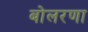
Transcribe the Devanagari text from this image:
बोलरणा